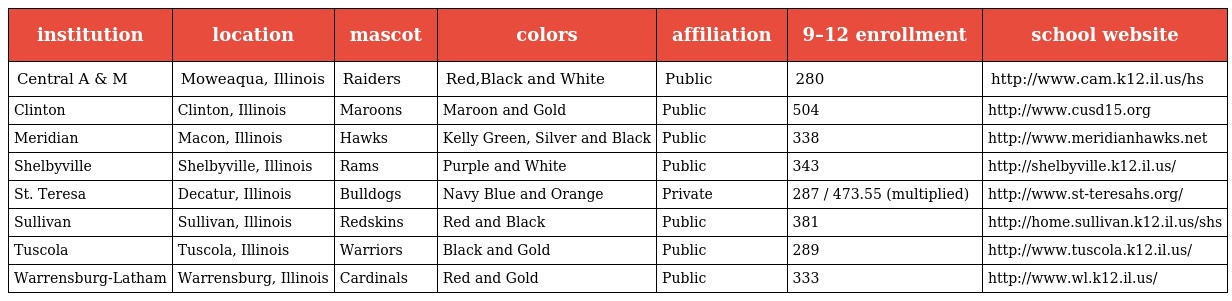
| institution | location | mascot | colors | affiliation | 9–12 enrollment | school website |
 | --- | --- | --- | --- | --- | --- | --- |
 | Central A & M | Moweaqua, Illinois | Raiders | Red,Black and White | Public | 280 | http://www.cam.k12.il.us/hs |
 | Clinton | Clinton, Illinois | Maroons | Maroon and Gold | Public | 504 | http://www.cusd15.org |
 | Meridian | Macon, Illinois | Hawks | Kelly Green, Silver and Black | Public | 338 | http://www.meridianhawks.net |
 | Shelbyville | Shelbyville, Illinois | Rams | Purple and White | Public | 343 | http://shelbyville.k12.il.us/ |
 | St. Teresa | Decatur, Illinois | Bulldogs | Navy Blue and Orange | Private | 287 / 473.55 (multiplied) | http://www.st-teresahs.org/ |
 | Sullivan | Sullivan, Illinois | Redskins | Red and Black | Public | 381 | http://home.sullivan.k12.il.us/shs |
 | Tuscola | Tuscola, Illinois | Warriors | Black and Gold | Public | 289 | http://www.tuscola.k12.il.us/ |
 | Warrensburg-Latham | Warrensburg, Illinois | Cardinals | Red and Gold | Public | 333 | http://www.wl.k12.il.us/ |